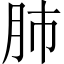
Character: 肺